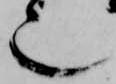
也